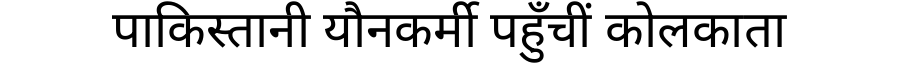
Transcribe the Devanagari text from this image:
पाकिस्तानी यौनकर्मी पहुँचीं कोलकाता